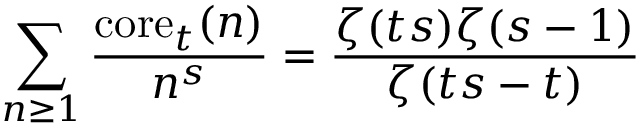
\sum _ { n \geq 1 } { \frac { \mathrm { c o r e } _ { t } ( n ) } { n ^ { s } } } = { \frac { \zeta ( t s ) \zeta ( s - 1 ) } { \zeta ( t s - t ) } }